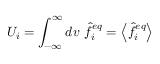
U _ { i } = \int _ { - \infty } ^ { \infty } d v \ \hat { f } _ { i } ^ { e q } = \left\langle \hat { f } _ { i } ^ { e q } \right\rangle